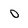
Character: 0